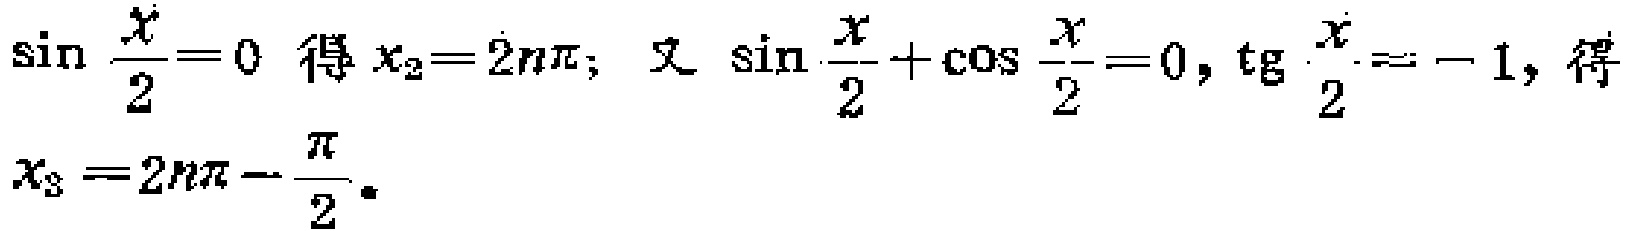
$\sin \frac{x}{2}=0$ 得 $x_{2}=2n\pi$; 又 $\sin \frac{x}{2}+\cos \frac{x}{2}=0$, $\operatorname{tg} \frac{x}{2}=-1$, 得
$x_{3}=2n\pi-\frac{\pi}{2}$.